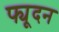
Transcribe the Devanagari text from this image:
फ्यूदन